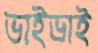
ভাইভাই